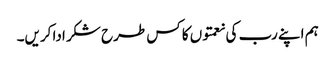
ہم اپنے رب کی نعمتوں کا کس طرح شکر ادا کریں۔